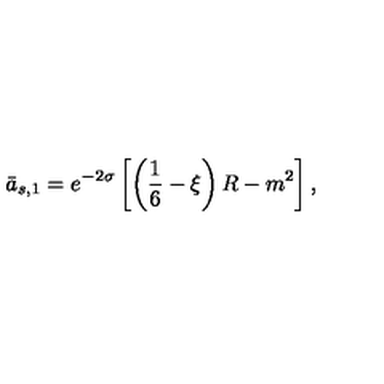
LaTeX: \bar { a } _ { s , 1 } = e ^ { - 2 \sigma } \left[ \left( \frac 1 6 - \xi \right) R - m ^ { 2 } \right] ,